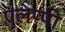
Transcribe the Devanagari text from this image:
एलेप्पी